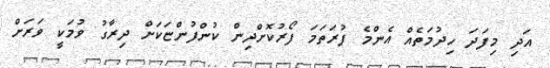
އަދި މިފަދަ ހިދުމަތެއް އެންމެ ފުރަތަމަ ފޯރުކޮށްދިން ކުންފުންޏަކަށް ދިރާގު ވުމަކީ ވަރަށް